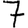
Digit: 7